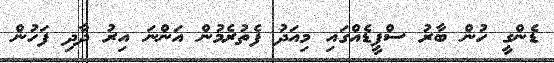
ޑެންގީ ހުން ބާރު ސްޕީޑެއްގައި މިއަދު ފެތުރެމުން އަންނަ އިރު ދާދި ފަހުން